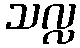
သလ္လ